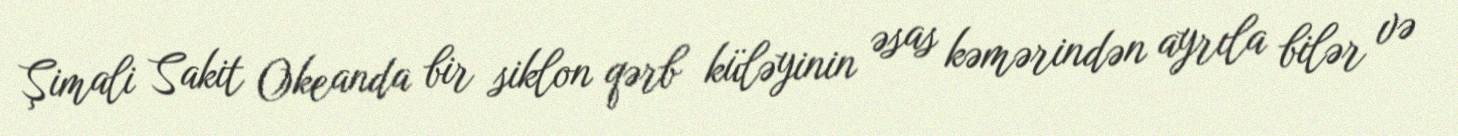
Şimali Sakit Okeanda bir siklon qərb küləyinin əsas kəmərindən ayrıla bilər və